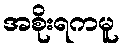
အစိုးရကမူ